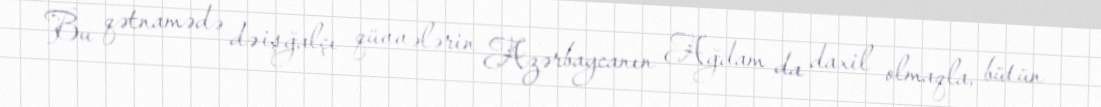
Bu qətnamədə də işğalçı qüvvələrin Azərbaycanın Ağdam da daxil olmaqla, bütün